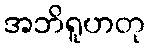
အဘိရူဟတု